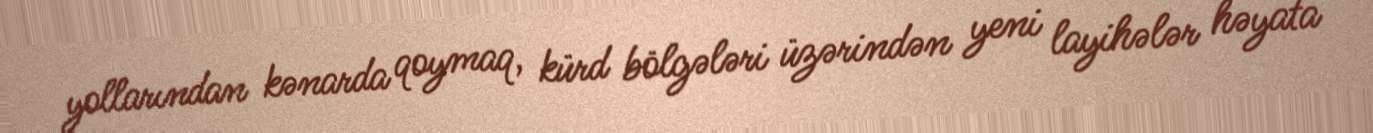
yollarından kənarda qoymaq, kürd bölgələri üzərindən yeni layihələr həyata